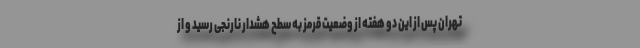
تهران پس از این دو هفته از وضعیت قرمز به سطح هشدار نارنجی رسید و از